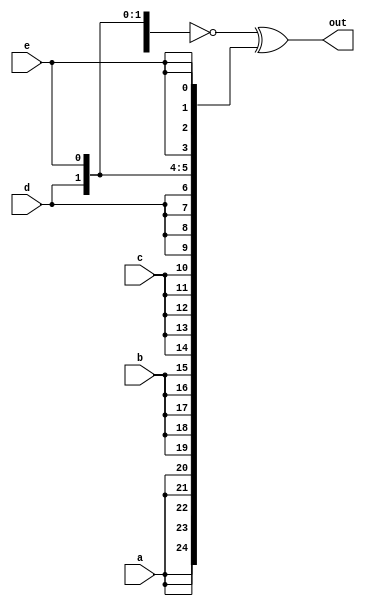
//check HDLBots for question - vector5
module top_module (
    input a, b, c, d, e,
    output [24:0] out );//

    // The output is XNOR of two vectors created by 
    // concatenating and replicating the five inputs.
    assign out = ~{ 5{a,b,c,d,e} } ^ { {5{a}},{5{b}},{5{c}},{5{d}},{5{e}} };

endmodule